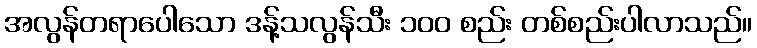
အလွန်တရာပေါသော ဒန့်သလွန်သီး ၁၀၀ စည်း တစ်စည်းပါလာသည်။